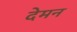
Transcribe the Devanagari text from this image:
देमन